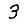
Digit: 3